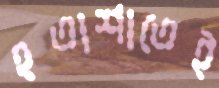
হতাশাতেই